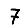
Digit: 7